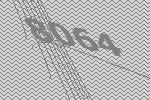
8064